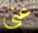
عني